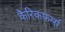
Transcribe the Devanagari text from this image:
कैरिकफर्ग्स